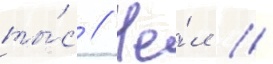
ты́с // Че́л //